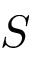
S